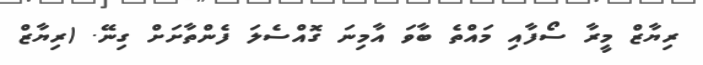
ރިޔާޒް މީރާ ސޯފާއި މައްތެ ބާވަ އާމިނަ ގޮއްސެލަ ފެންތާށަށް ގިނޭ. (ރިޔާޒް